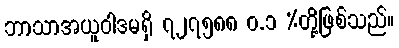
ဘာသာအယူဝါဒမရှိ ၇၂၇၅၈၈ ဝ.၁ %တို့ဖြစ်သည်။